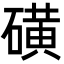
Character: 磺